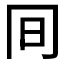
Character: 𠕌